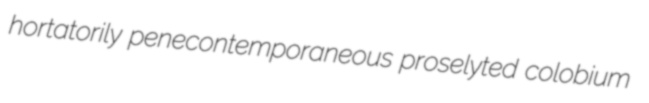
hortatorily penecontemporaneous proselyted colobium